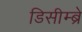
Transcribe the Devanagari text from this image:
डिसीम्ब्रे